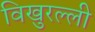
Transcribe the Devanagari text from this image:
विखुरल्ली